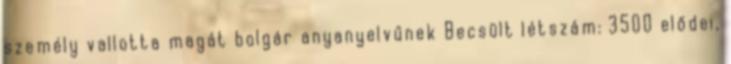
személy vallotta magát bolgár anyanyelvűnek Becsült létszám: 3500 elődei,